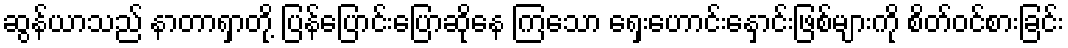
ဆွန်ယာသည် နာတာရှာတို့ ပြန်ပြောင်းပြောဆိုနေ ကြသော ရှေးဟောင်းနှောင်းဖြစ်များကို စိတ်ဝင်စားခြင်း